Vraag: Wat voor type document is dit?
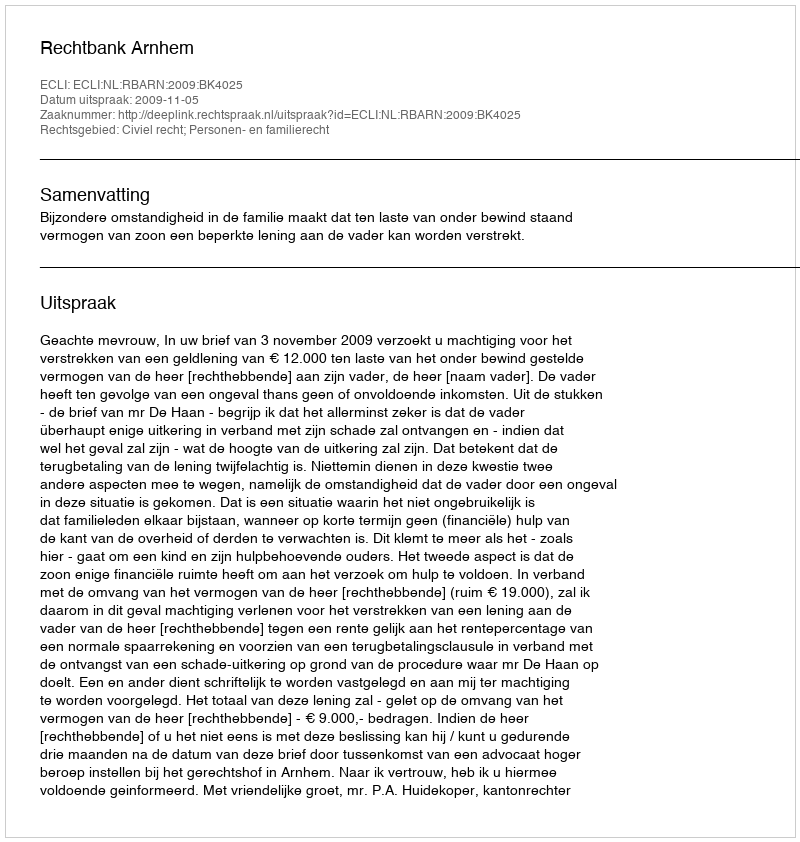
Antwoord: Uitspraak